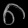
Digit: ၈